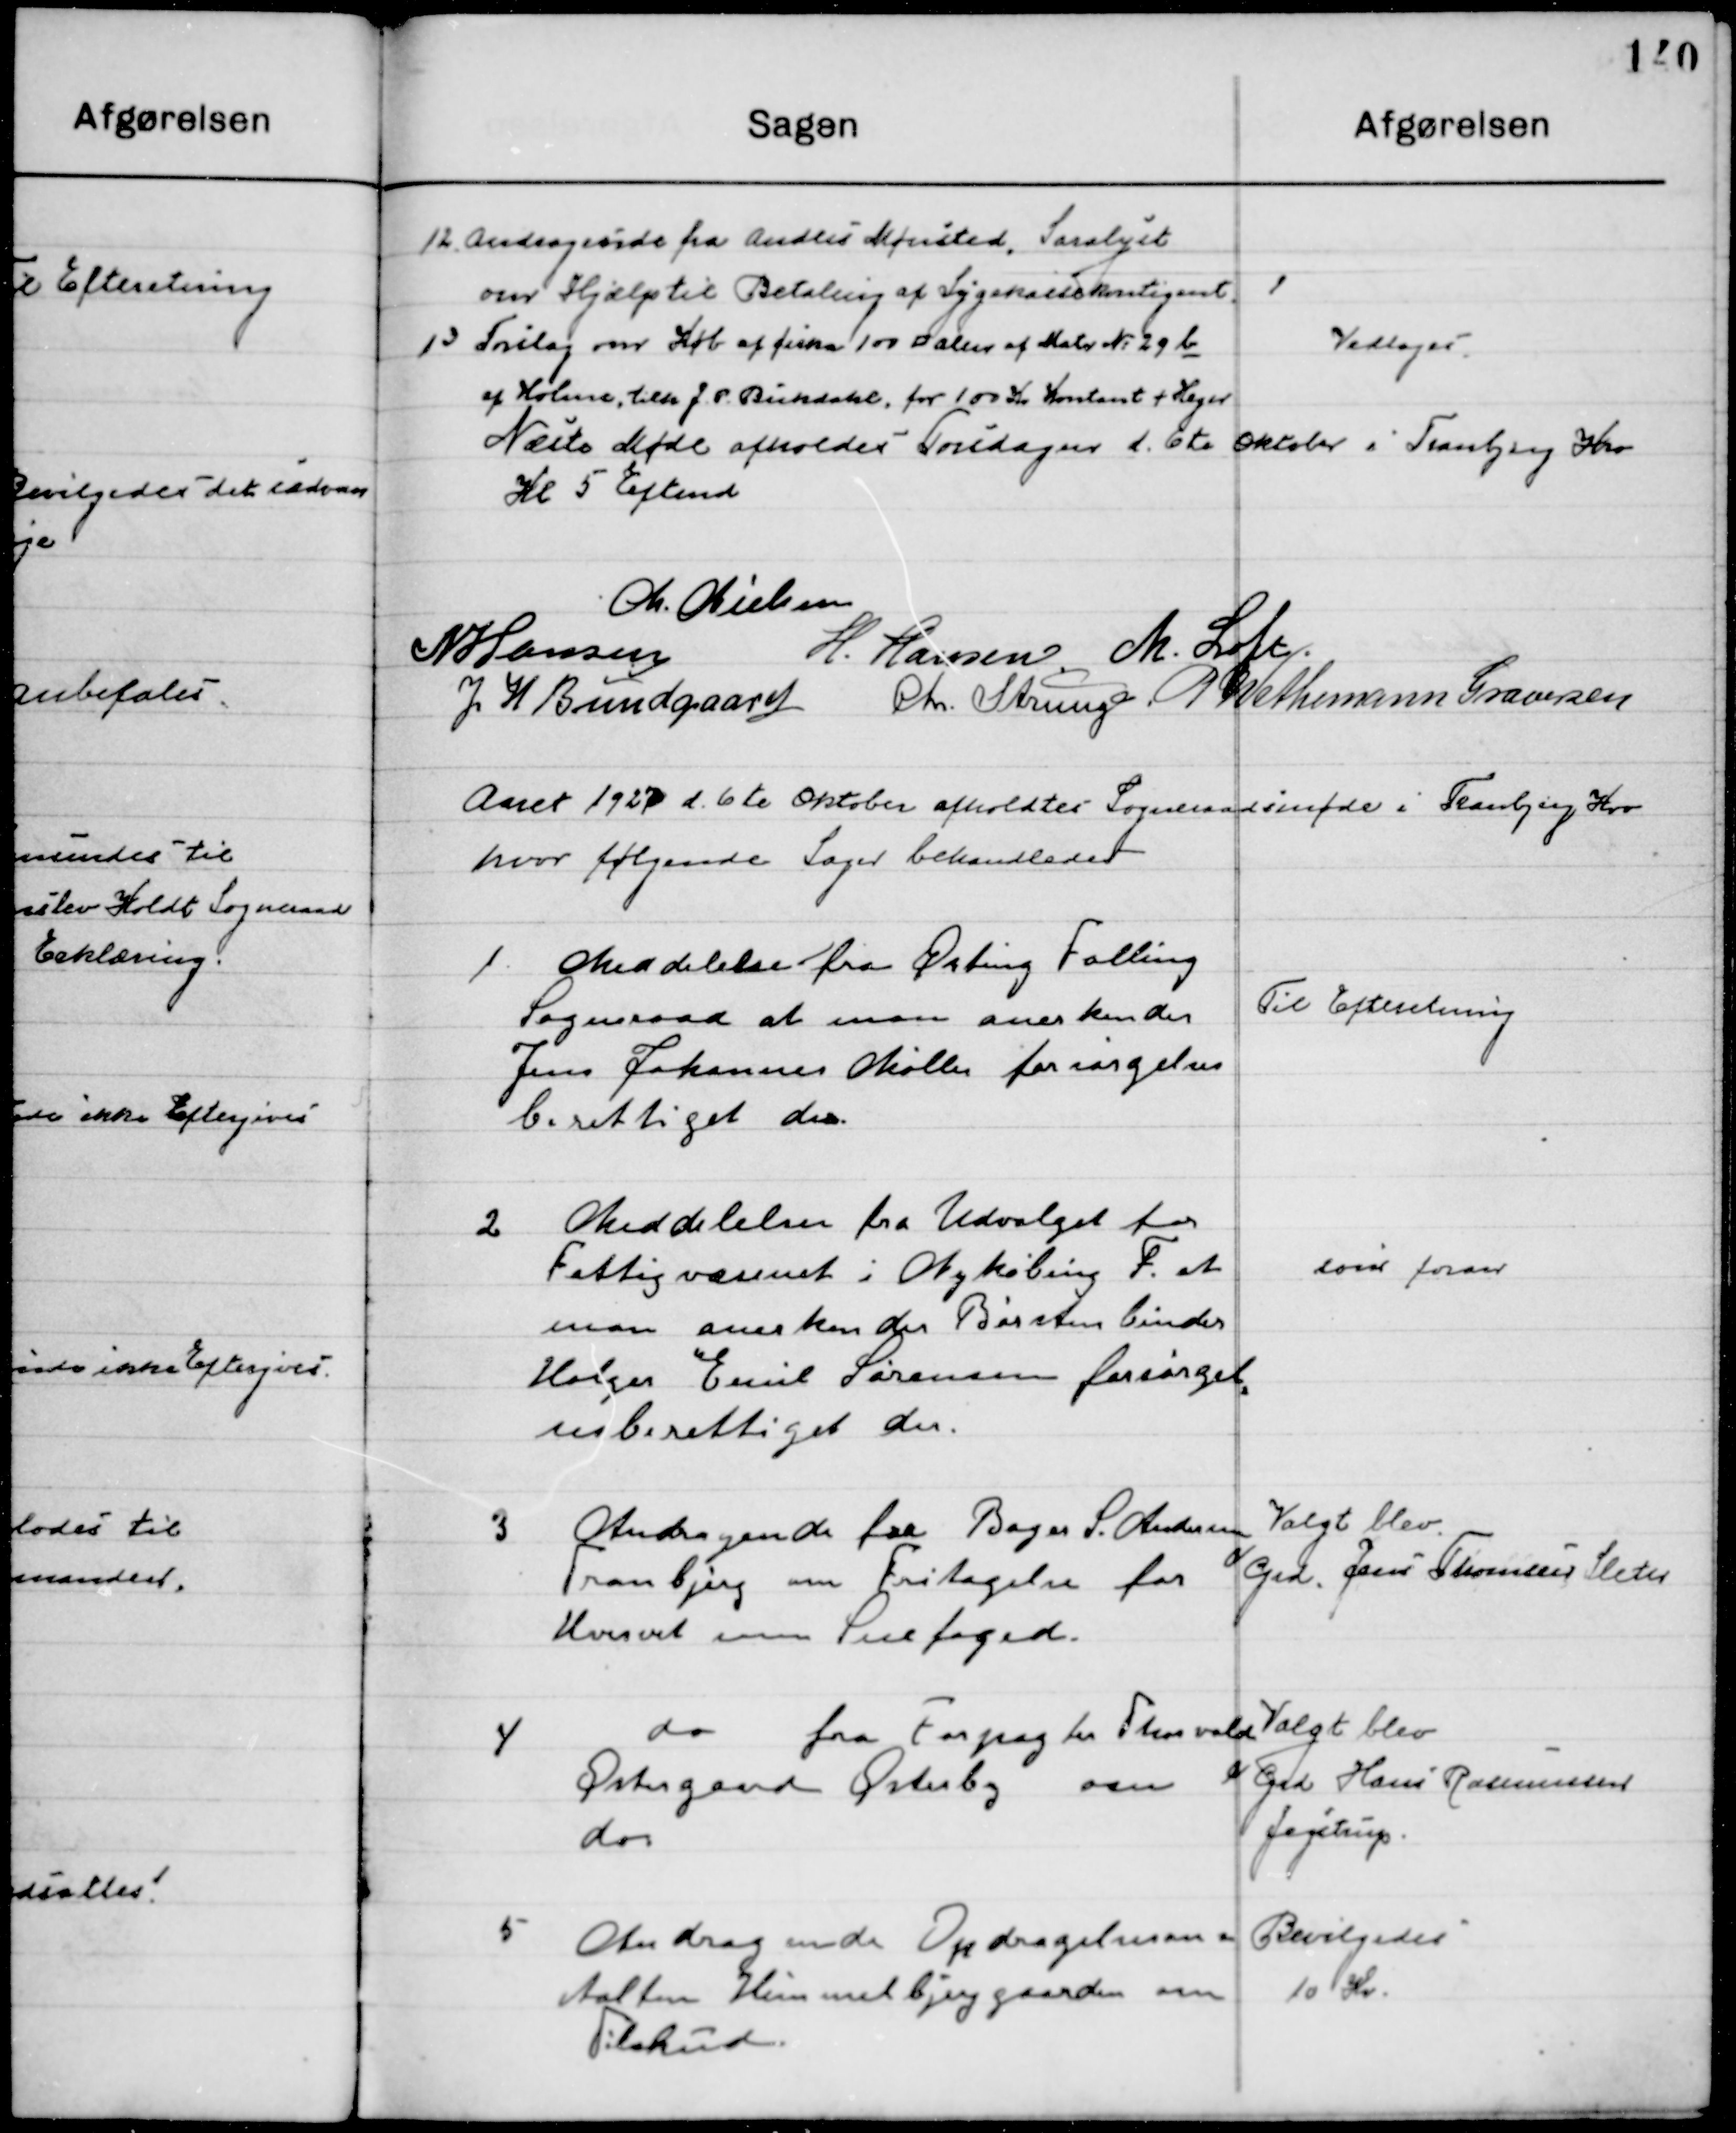
Transskription:
12

Ansøgning fra Anders Mønsted, Saralyst
om Hjælp til Betaling af Sygekassekontingent.

13

Fritag om Køb af cirka 100 kvadrat alen af Matr. No. 29 b
af Holme, tilh. J. P. Bukdahl, for 100 Kr. Kontant + Heger

Vedtaget

Næste Møde afholdes Torsdag d. 6de Oktober i Tranbjerg Kro
Kl. 5 Eftermd.

M. Nielsen
N. Hansen
H. Hansen
M. Loft
J. H. Bundgaard
Chr. Strunge
P. Wethemann Graversen

Aaret 1927 d. 6de Oktober afholdtes Sogneraadsmøde i Tranbjerg Kro
hvor følgende Sager behandledes.

1

Meddelelse fra Ørting Falling
Sogneraad at man anerkender
Jens Johannes Møller forsørgelses-
berettiget der.

Til Efterretning

2

Meddelelse fra Udvalget for 
Fattigvæsenet i Nykøbing F. at
man anerkender Børstenbinder
Holger Emil Sørensen forsørgel- 	
sesberettiget der.

som foran

3

Andragende fra Bager S. Andersen
Tranbjerg om Fritagelse for 
Hvervet som Snefoged.

Valgt blev
Grd. Jens Thomsen Sletes

4

do fra Forpagter Th. Thorvald
Østergaard Østerby om
do

Valgt blev
Grd. Hans Rasmussen
Jegstrup

5

Andragende fra Opdragelses-
anstalten Himmelbjerget om 
Tilskud

Bevilgedes 
10 Kr.